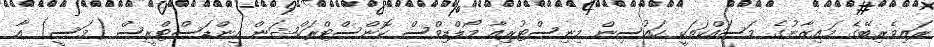
ރައިވެރިބޭގެ މައިޒާނުގެ މަސައްކަތަކީ ހައުސިން މިނިސްޓުރިއާ މޯލްޑިވްސް ކޮންސްޓްރަކްޝަން އިންޑަސްޓްރީސް (މަސީ) އާ